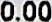
0.00